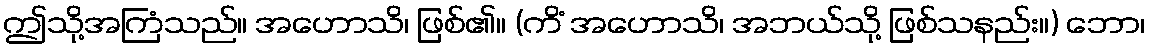
ဤသို့အကြံသည်။ အဟောသိ၊ ဖြစ်၏။ (ကိံ အဟောသိ၊ အဘယ်သို့ ဖြစ်သနည်း။) ဘော၊